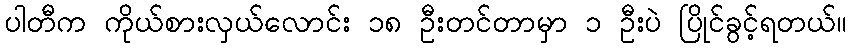
ပါတီက ကိုယ်စားလှယ်လောင်း ၁၈ ဦးတင်တာမှာ ၁ ဦးပဲ ပြိုင်ခွင့်ရတယ်။